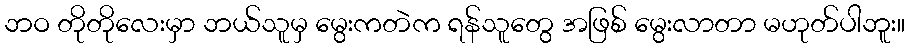
ဘဝ တိုတိုလေးမှာ ဘယ်သူမှ မွေးကတဲက ရန်သူတွေ အဖြစ် မွေးလာတာ မဟုတ်ပါဘူး။